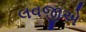
લવજીએ